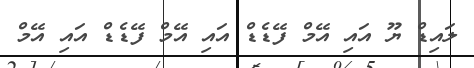
ލައިޑް ޔޫ އައި އޭމް ފޭޑެޑް އައި އޭމް ފޭޑެޑް އައި އޭމް